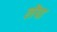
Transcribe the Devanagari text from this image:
लेंपा